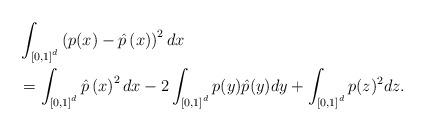
LaTeX: \begin{align*} &\int_{\left[0,1\right]^d} \left(p(x) - \hat{p}\left(x\right) \right)^2dx \\ &= \int_{\left[0,1\right]^d}\hat{p}\left(x\right)^2 dx - 2\int_{\left[0,1\right]^d} p(y)\hat{p}(y) dy + \int_{\left[0,1\right]^d} p(z)^2 dz. \end{align*}